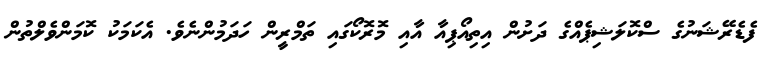
ފެޑެރޭޝަނުގެ ސްކޮލަޝިޕެއްގެ ދަށުން އިތިއޯޕިއާ އާއި މޮރޮކޯގައި ތަމްރީން ހަދަމުންނެވެ. އެކަމަކު ކޮމަންވެލްތުން